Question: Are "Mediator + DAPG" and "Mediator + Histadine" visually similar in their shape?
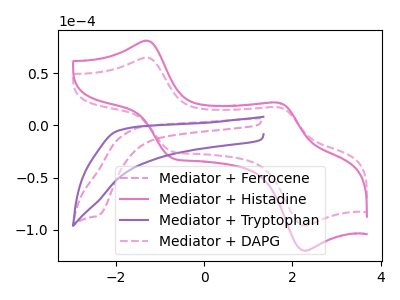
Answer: <think>The pink dashed curve "Mediator + Ferrocene" has a cathodic peak at: (-2.40V, -86.45uA). The pink curve "Mediator + Histadine" has anodic peaks at (-1.35V, 81.20uA) (1.70V, 21.85uA) and cathodic peaks at (-0.75V, -31.10uA) (2.30V, -120.00uA). The purple curve "Mediator + Tryptophan" has no peaks. The pink dashed curve "Mediator + DAPG" has anodic peaks at (-1.35V, 64.90uA) (1.70V, 17.45uA) and cathodic peaks at (-0.75V, -24.85uA) (2.30V, -95.95uA).
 All the peaks in "Mediator + DAPG" have a peak in "Mediator + Histadine" at the same potential. Every peak in "Mediator + DAPG" is lower than every peak in "Mediator + Histadine".</think>
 <answer>"Mediator + DAPG" and "Mediator + Histadine" are similar in shape.</answer>
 <eval>same_shape</eval>